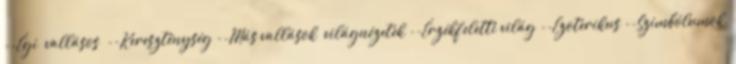
--Égi vallásos --Kereszténység --Más vallások világnézetek --Érzékfeletti világ --Ezoterikus --Szimbólumok,